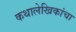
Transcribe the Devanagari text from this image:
कथालेखिकांचा